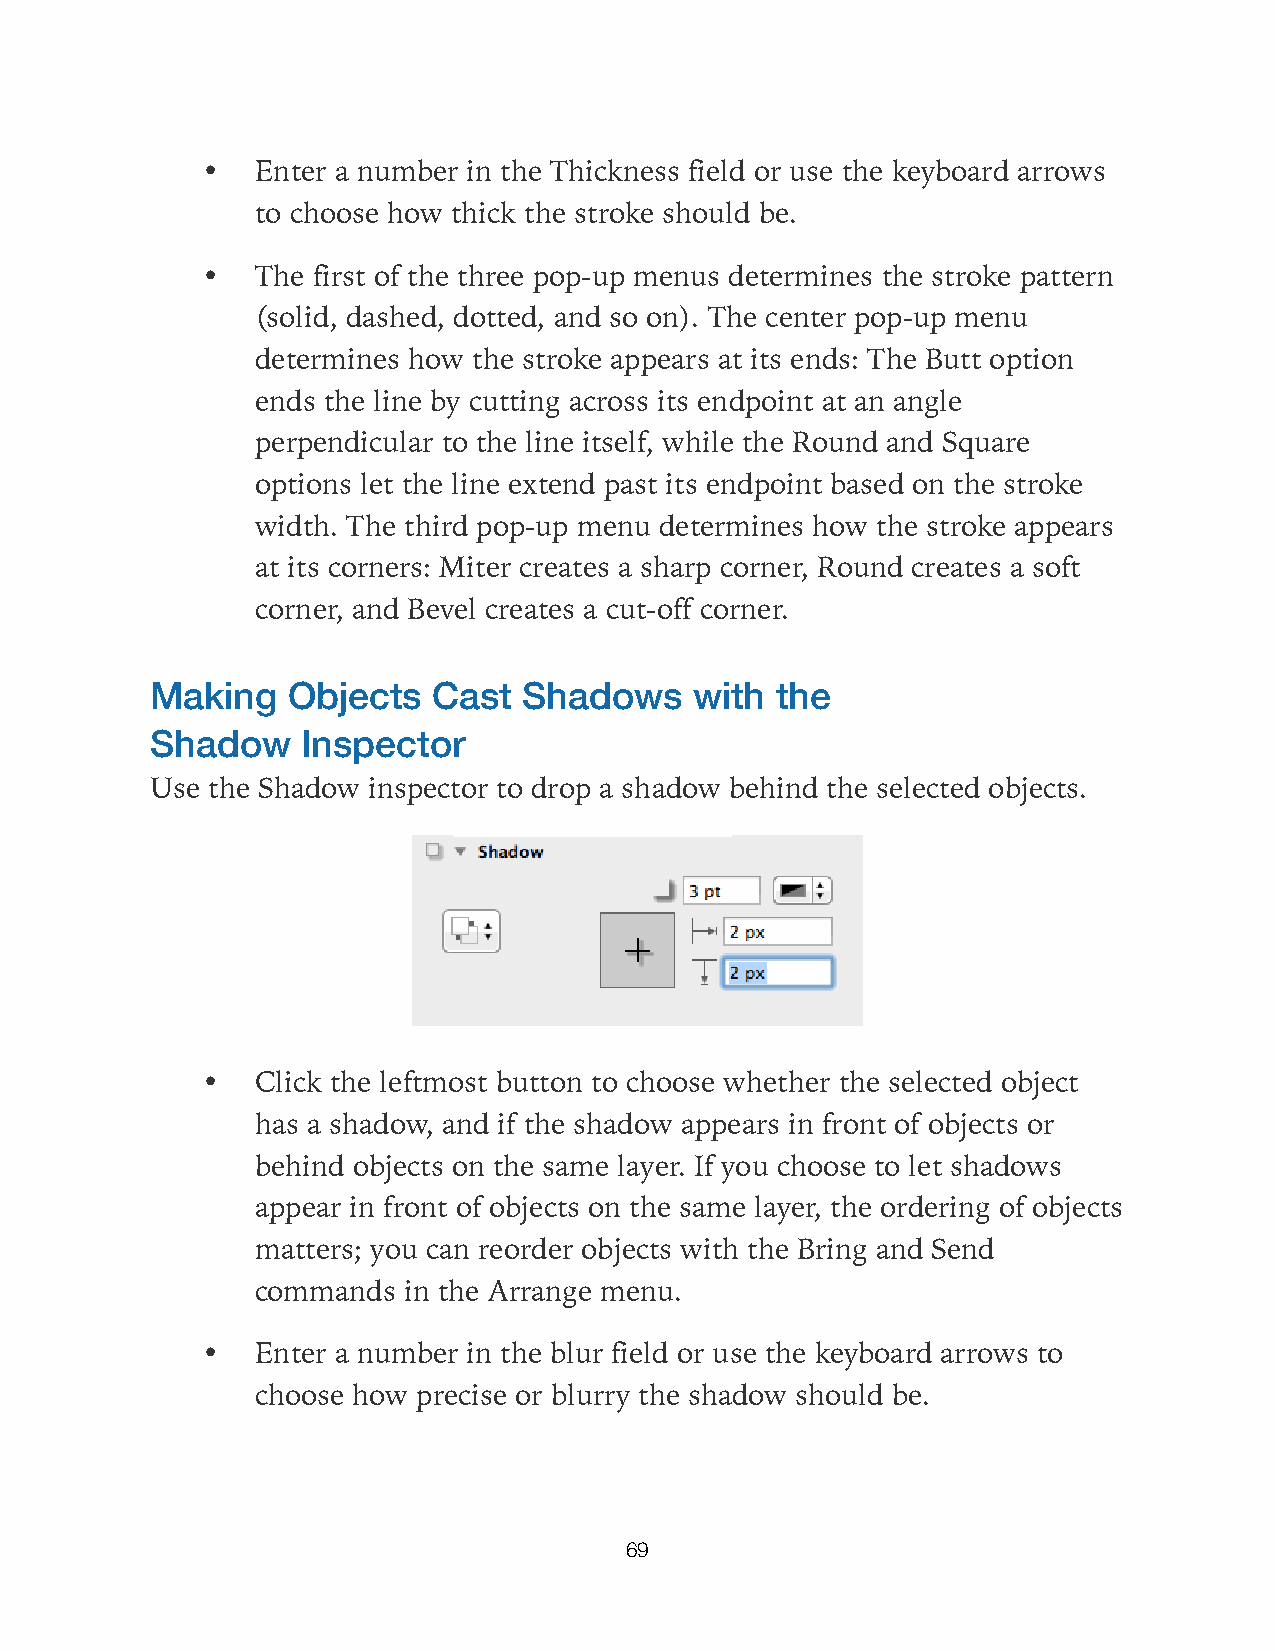
•   Enter a number in the Thickness field or use the keyboard arrows
 to choose how thick the stroke should be.
 •   The first of the three pop-up menus determines the stroke pattern
 (solid, dashed, dotted, and so on). The center pop-up menu
 determines how the stroke appears at its ends: The Butt option
 ends the line by cutting across its endpoint at an angle
 perpendicular to the line itself, while the Round and Square
 options let the line extend past its endpoint based on the stroke
 width. The third pop-up menu determines how the stroke appears
 at its corners: Miter creates a sharp corner, Round creates a soft
 corner, and Bevel creates a cut-off corner.
 Making   Objects   Cast  Shadows    with the
 Shadow    Inspector
 Use the Shadow inspector to drop a shadow behind the selected objects.
 •   Click the leftmost button to choose whether the selected object
 has a shadow, and if the shadow appears in front of objects or
 behind objects on the same layer. If you choose to let shadows
 appear in front of objects on the same layer, the ordering of objects
 matters; you can reorder objects with the Bring and Send
 commands  in the Arrange menu.
 •   Enter a number in the blur field or use the keyboard arrows to
 choose how precise or blurry the shadow should be.
 69